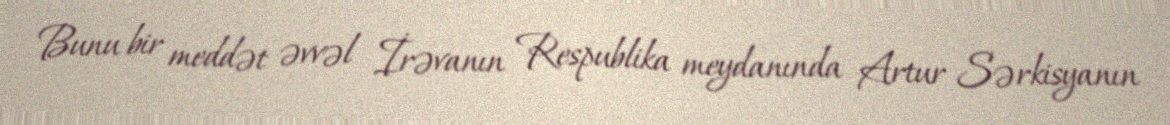
Bunu bir meddət əvvəl İrəvanın Respublika meydanında Artur Sərkisyanın